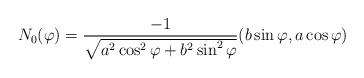
LaTeX: \begin{align*}N_0(\varphi) =\frac{-1}{\sqrt{a^2 \cos^2 \varphi + b^2 \sin^2 \varphi}}(b\sin \varphi, a\cos\varphi)\end{align*}